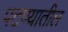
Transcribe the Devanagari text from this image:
पटण्यातील